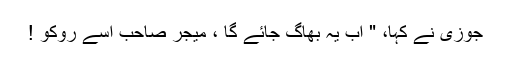
جوزی نے کہا، " اب یہ بھاگ جائے گا ، میجر صاحب اِسے روکو !